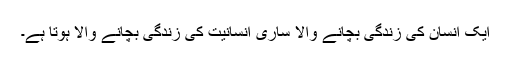
ایک انسان کی زندگی بچانے والا ساری انسانیت کی زندگی بچانے والا ہوتا ہے۔